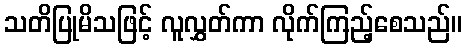
သတိပြုမိသဖြင့် လူလွှတ်ကာ လိုက်ကြည့်စေသည်။